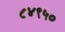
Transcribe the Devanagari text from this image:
८४९५०